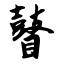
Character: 瞽